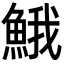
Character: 𩷦